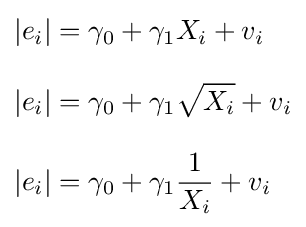
{\begin{aligned}|e_{i}|&=\gamma _{0}+\gamma _{1}X_{i}+v_{i}\\[8pt]|e_{i}|&=\gamma _{0}+\gamma _{1}{\sqrt {X_{i}}}+v_{i}\\[8pt]|e_{i}|&=\gamma _{0}+\gamma _{1}{\frac {1}{X_{i}}}+v_{i}\end{aligned}}